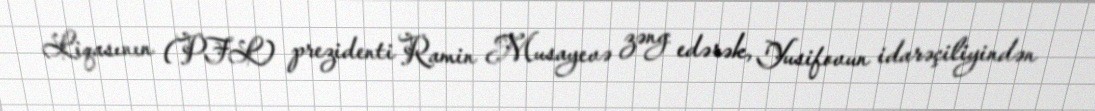
Liqasının (PFL) prezidenti Ramin Musayevə zəng edərək, Yusifovun idarəçiliyindən